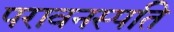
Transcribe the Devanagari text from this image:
परावनस्पति